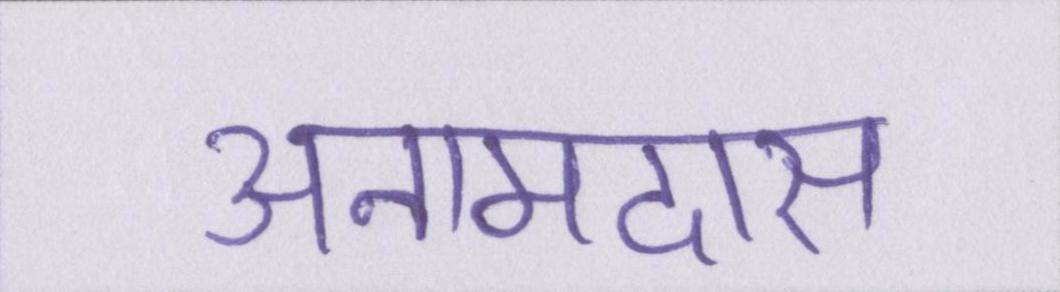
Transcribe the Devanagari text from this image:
अनामदास